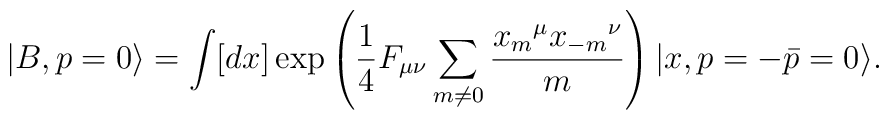
|B, p=0\rangle=\int [dx] \exp\left({1\over 4}F_{\mu\nu}\sum_{m\neq 0}  {{x_m}^{\mu}{x_{-m}}^{\nu} \over m}\right) |x, p=-\bar{p}=0\rangle.